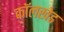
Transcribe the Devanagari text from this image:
कॉलखेड